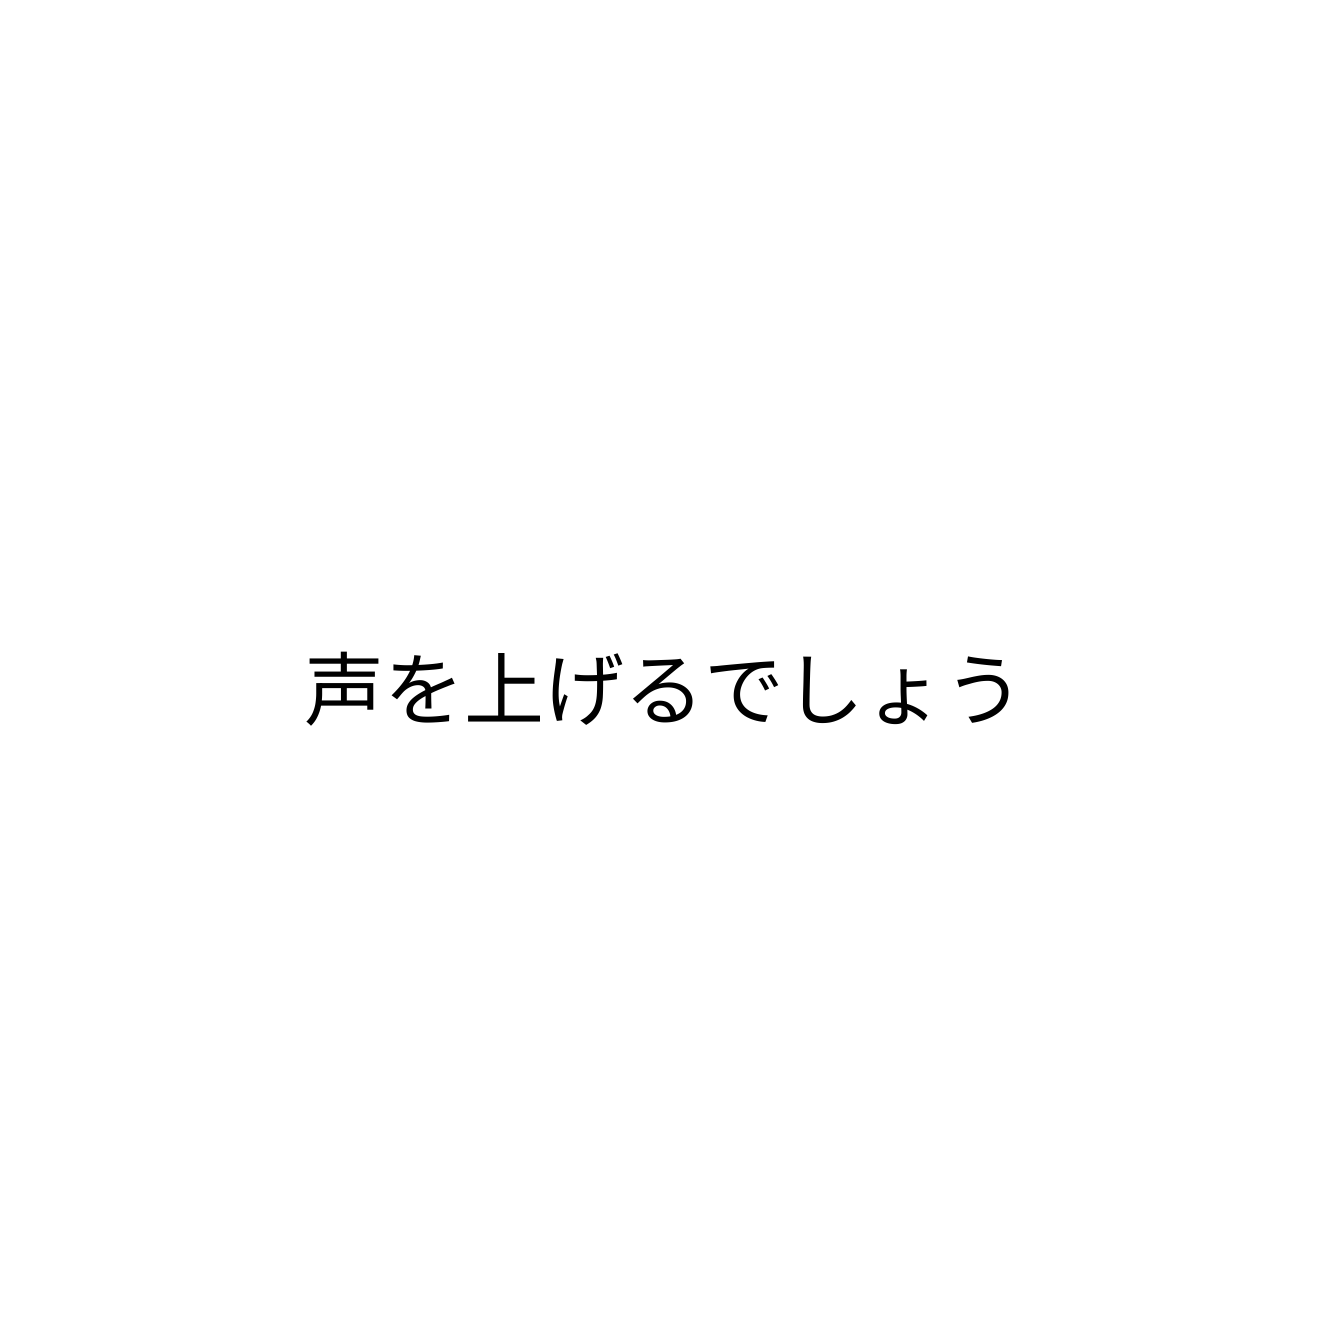
声を上げるでしょう